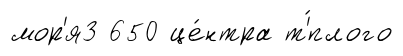
мор'я3 650 це́нтра т'́плого